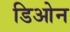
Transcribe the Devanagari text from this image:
डिओन